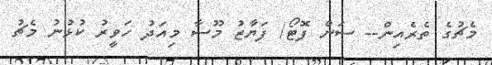
މެޗުގެ ތެރެއިން-- ސަން ފޮޓޯ/ ފަޔާޒު މޫސާ މިއަދު ހަވީރު ކުޅުނު މެޗު